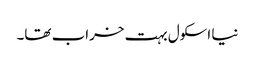
نیا اسکول بہت خراب تھا۔